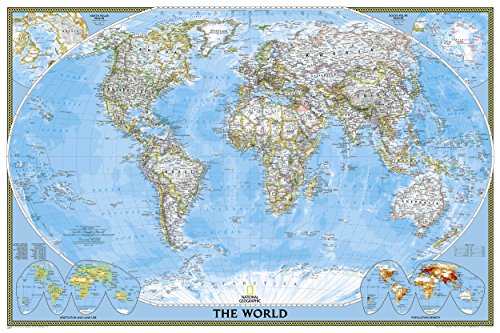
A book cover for World Classic [Poster Size and Tubed] (National Geographic Reference Map); National Geographic Maps - Reference; Reference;